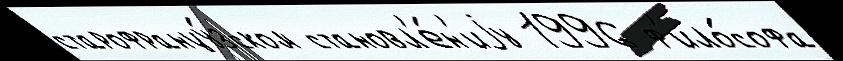
старофранцу́зском становл'е́н'иjу 1996 ф'ило́софа